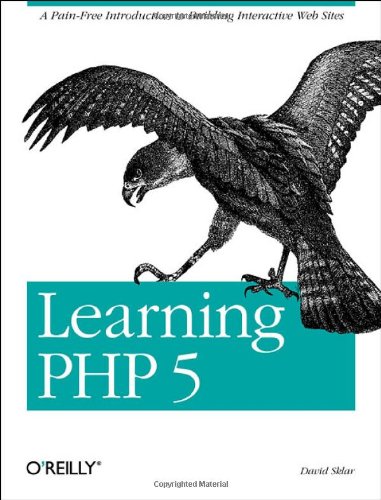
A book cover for Learning PHP 5; David Sklar; Computers & Technology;